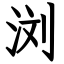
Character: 浏